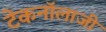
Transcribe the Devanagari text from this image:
टेकनॉलाजी